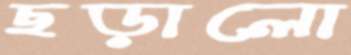
ছড়ালো